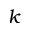
k